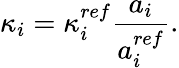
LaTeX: \kappa_{i}=\kappa_{i}^{ref}\frac{a_{i}}{a_{i}^{ref}}.